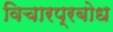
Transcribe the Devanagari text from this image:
विचारप्रबोध